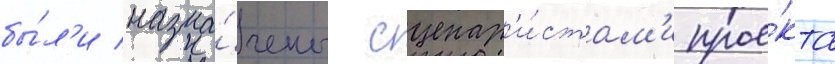
бы́л'и назна́чены сценар'и́стам'и прое́кта